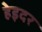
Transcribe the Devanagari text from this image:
हेइदर